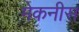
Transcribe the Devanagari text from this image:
मेकनीस